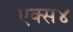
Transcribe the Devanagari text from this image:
एक्स४